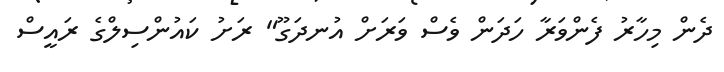
ދެން މިހާރު ފެންވަރާ ހަދަން ވެސް ވަރަށް އުނދަގޫ" ރަށު ކައުންސިލްގެ ރައީސް